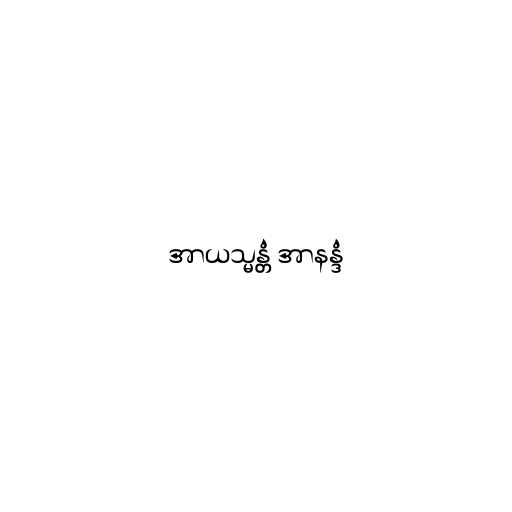
အာယသ္မန္တံ အာနန္ဒံ